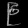
Digit: ၉